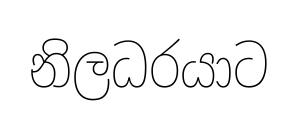
නිලධරයාට